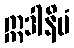
ဣဒါနိမံ